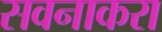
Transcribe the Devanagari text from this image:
सवनाकरा